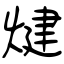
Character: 煡